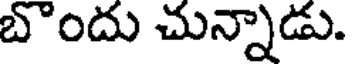
బొందు చున్నాడు.